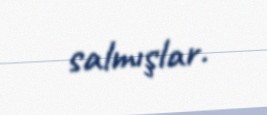
salmışlar.